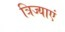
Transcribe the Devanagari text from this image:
त्रिज्याएं